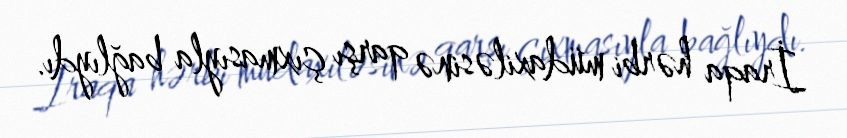
İraqa hərbi müdaxiləsinə qarşı çıxmasıyla bağlıydı.